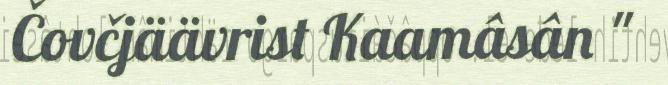
Čovčjäävrist Kaamâsân "